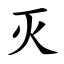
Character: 灭